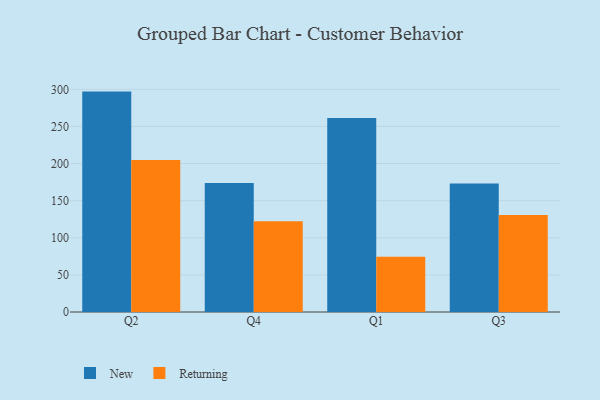
{"axis": {"x": "Quarter", "y": "Satisfaction Score"}, "legend": ["New", "Returning"], "data": [{"x": "Q2", "y": 296.9, "type": "New"}, {"x": "Q2", "y": 204.9, "type": "Returning"}, {"x": "Q4", "y": 173.8, "type": "New"}, {"x": "Q4", "y": 122.3, "type": "Returning"}, {"x": "Q1", "y": 261.4, "type": "New"}, {"x": "Q1", "y": 74.4, "type": "Returning"}, {"x": "Q3", "y": 173.2, "type": "New"}, {"x": "Q3", "y": 130.6, "type": "Returning"}]}